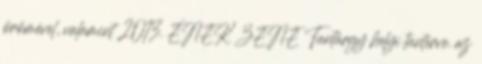
örömével, valamint 2013. ÉNEK ZENE Tantárgy helyi tanterve. az